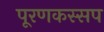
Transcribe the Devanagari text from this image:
पूरणकस्सप